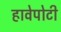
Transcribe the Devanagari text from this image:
हावेपोटी